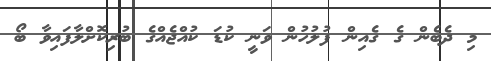
މި ދެބެން ގެ ގެއިން ފުލުހުން ވަނީ ކުޑަ ކުއްޖެއްގެ ބުރިކޮށްލާފައިވާ ބޯ